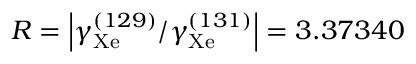
R = \left\vert \gamma _ { \mathrm { X e } } ^ { ( 1 2 9 ) } / \gamma _ { \mathrm { X e } } ^ { ( 1 3 1 ) } \right\vert = 3 . 3 7 3 4 0